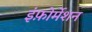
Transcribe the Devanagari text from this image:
इंफ़ोर्मेशन